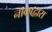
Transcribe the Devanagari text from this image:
नाकाद्वारा